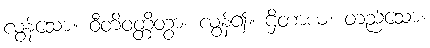
လွန်သော။ ဝီတိဝတ္တိတွာ၊ လွန်၍။ ဌိတာယ၊ တည်သော။